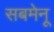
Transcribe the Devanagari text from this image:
सबमेनू